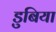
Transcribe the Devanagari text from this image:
डुबिया